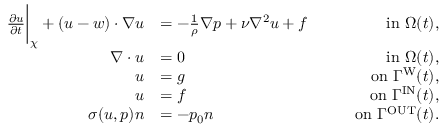
\begin{array} { r l r } { \frac { \partial \b u } { \partial t } \bigg | _ { \b \chi } + ( \b u - \b w ) \cdot \nabla \b u } & { = - \frac { 1 } { \rho } \nabla p + \nu \nabla ^ { 2 } \b u + \b f } & { \qquad \mathrm { i n ~ } \Omega ( t ) , } \\ { \nabla \cdot \b u } & { = 0 } & { \qquad \mathrm { i n ~ } \Omega ( t ) , } \\ { \b u } & { = \b g } & { \qquad \mathrm { o n ~ } \Gamma ^ { \mathrm { W } } ( t ) , } \\ { \b u } & { = \b f } & { \qquad \mathrm { o n ~ } \Gamma ^ { \mathrm { I N } } ( t ) , } \\ { \b \sigma ( \b u , p ) \b n } & { = - p _ { 0 } \b n } & { \qquad \mathrm { o n ~ } \Gamma ^ { \mathrm { O U T } } ( t ) . } \end{array}